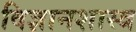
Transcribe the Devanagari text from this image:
विज्ञानशास्त्र